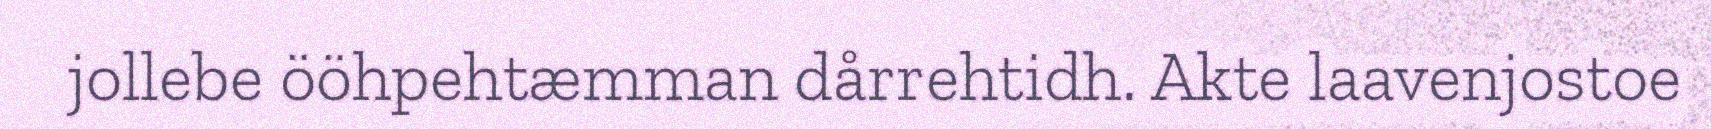
jollebe ööhpehtæmman dårrehtidh. Akte laavenjostoe